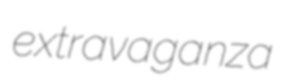
extravaganza